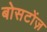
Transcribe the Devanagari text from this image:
बोसटोंज़